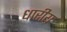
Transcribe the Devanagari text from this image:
धारीय